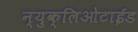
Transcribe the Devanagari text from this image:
न्युक्लिओटाईड